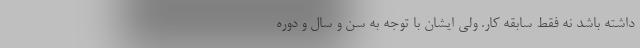
داشته باشد نه فقط سابقه کار. ولی ایشان با توجه به سن و سال و دوره